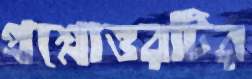
প্রশ্নোত্তরটির